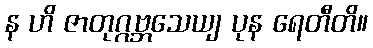
န ဟိ ဇာတုဂ္ဂဗ္ဘသေယျ ပုန ရေတီတိ။